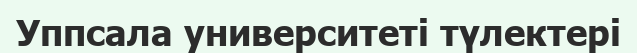
Уппсала университеті түлектері